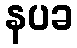
နပခ